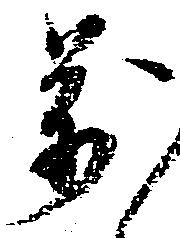
万